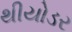
થીયોડર